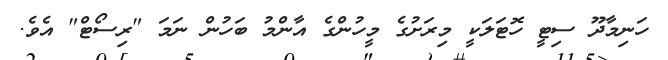
ހަނިމާދޫ ސިޓީ ހޮޓަލަކީ މިރަށުގެ މީހުންގެ އާންމު ބަހުން ނަމަ "ރިސޯޓް" އެވެ.